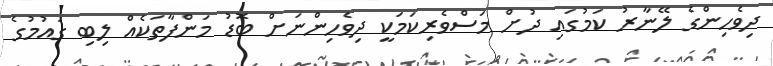
ދިވެހިންގެ ލޭނާރު ކަމުގައި ދުށް މަސްވެރިކަމަކީ ދިވެހިންނަށް ބޮޑު މަންފާތަކެއް ލިބި ގައުމުގެ